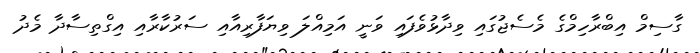
ގާސިމް އިބްރާހިމްގެ މެސެޖުގައި ވިދާޅުވެފައި ވަނީ އަމިއްލަ ވިޔަފާރިއާއި ސަރުކާރާއި އިގްތިސާދާ މެދު